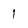
Character: 1